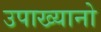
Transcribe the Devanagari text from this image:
उपाख्यानो